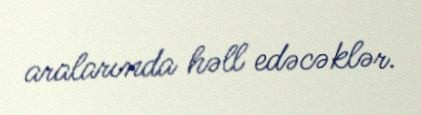
aralarında həll edəcəklər.